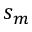
s _ { m }